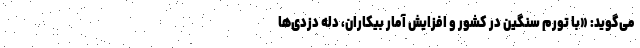
می‌گوید: «با تورم سنگین در کشور و افزایش آمار بیکاران، دله دزدی‌ها